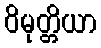
ဝိမုတ္တိယာ